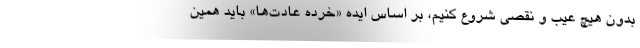
بدون هیچ عیب و نقصی شروع کنیم، بر اساس ایده «خرده عادت‌ها» باید همین